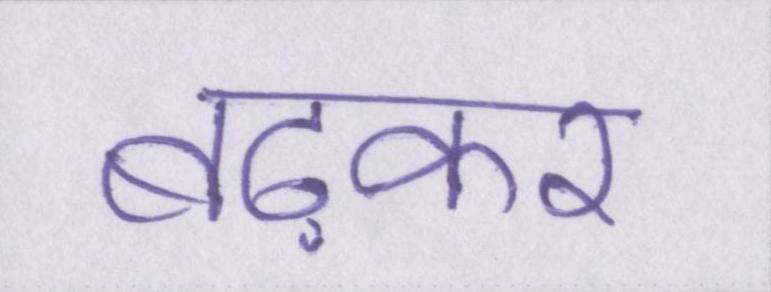
बढ़कर